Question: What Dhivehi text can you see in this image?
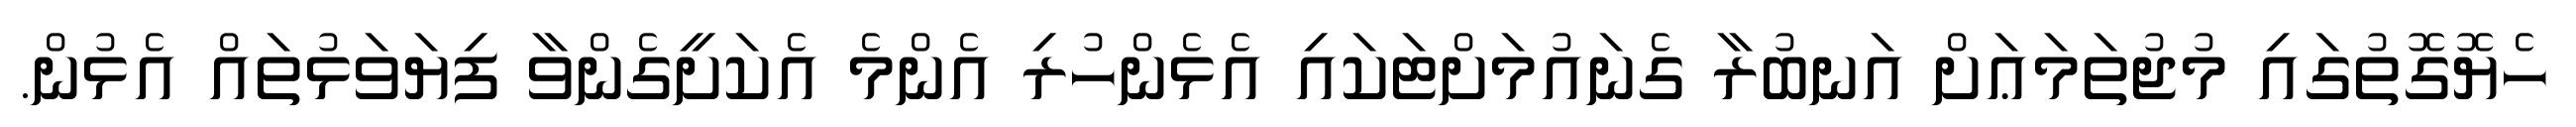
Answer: ހެޔޮގޮތުގައި މުޖުތަމަޢަށް އަނބުރާ ގެނައުމަށްޓަކައި އެޅެންހުރި އެންމެ އެކަށީގެންވާ ފިޔަވަޅުތައް އެޅުން.